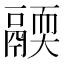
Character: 𩱄